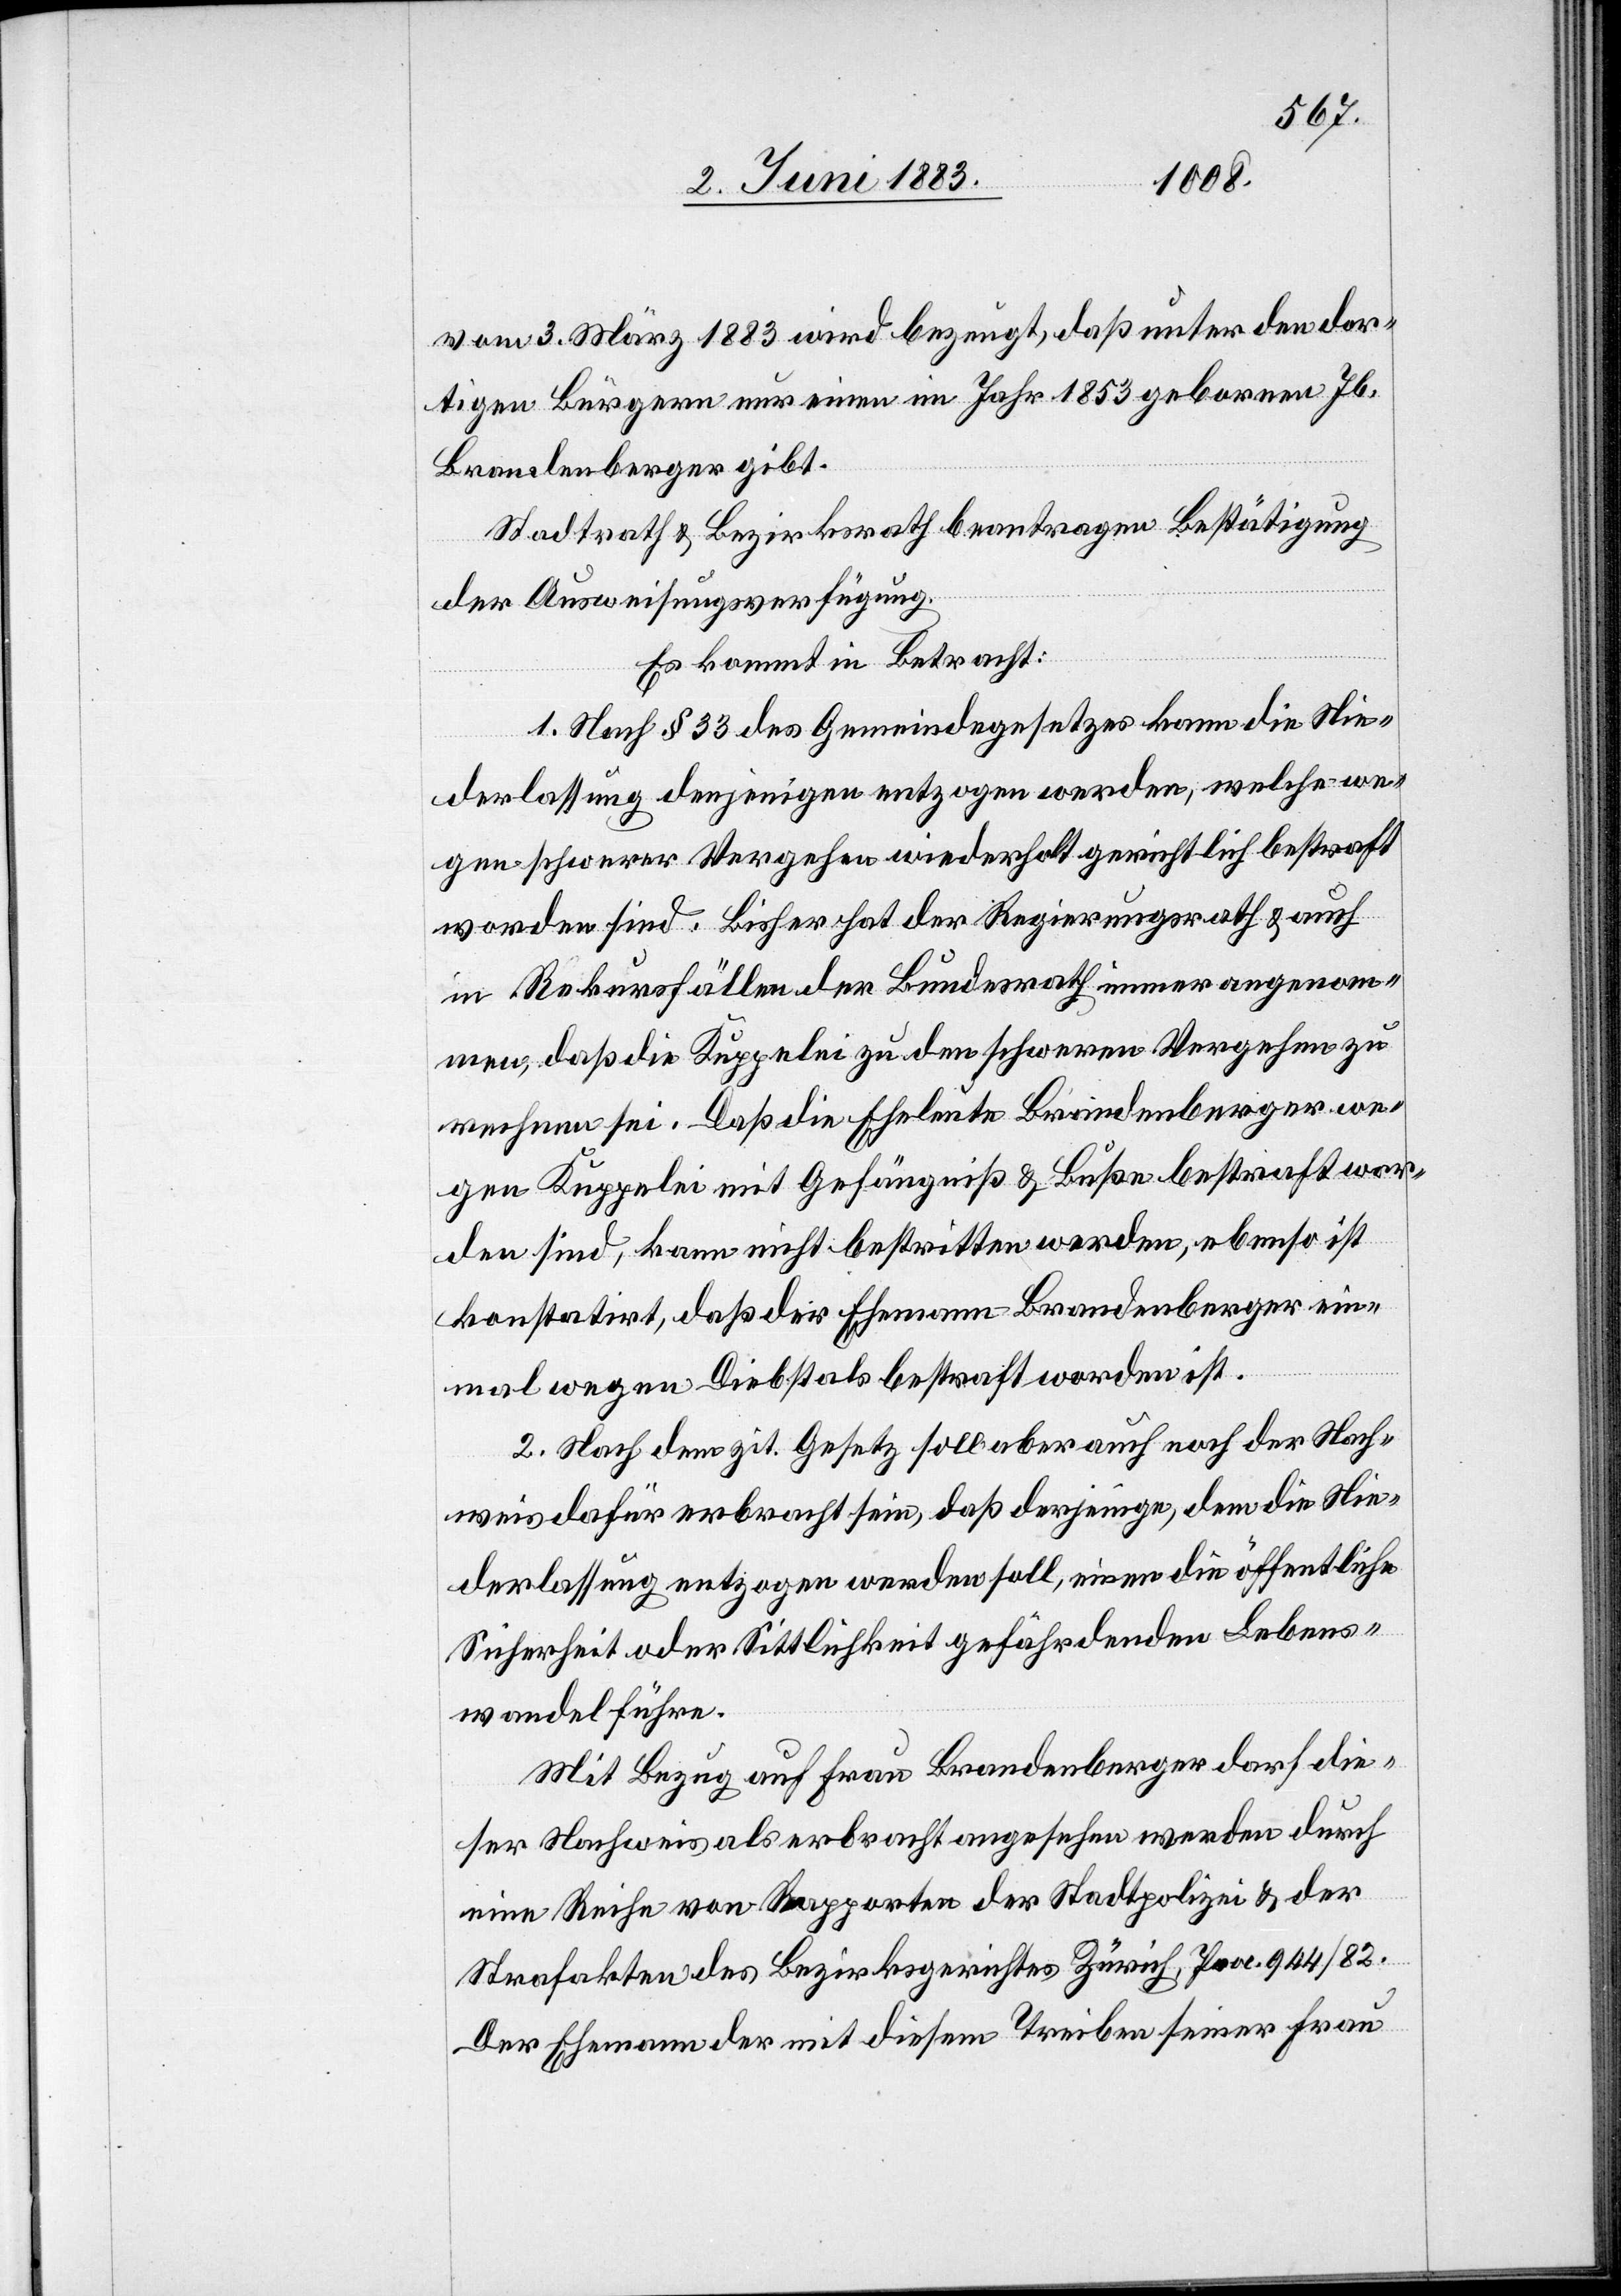
vom 3. März 1883 wird bezeugt, daß [es] unter den dor¬
tigen Bürgern nur einen im Jahr 1853 geborenen Jb.
Brandenberger gibt.
Stadtrath & Bezirksrath beantragen Bestätigung
der Ausweisungsverfügung.
Es kommt in Betracht:
1. Nach § 33 des Gemeindegseetzes kann die Nie¬
derlassung denjenigen entzogen werden, welche we¬
gen schwerer Vergehen wiederholt gerichtlich bestraft
worden sind. Bisher hat der Regierungsrath & auch
in Rekurssfällen den Bundesrath immer angenom¬
men, daß die Kuppelei zu den schweren Vergehen zu
rechnen sei. Daß die Eheleute Brandenberger we¬
gen Kuppelei mit Gefängniß & Buße bestraft wor¬
den sind, kann nicht bestritten werden, ebenso ist
konstatirt, daß der Ehemann Brandenberger ein¬
mal wegen Diebstals bestraft worden ist.
2. Nach dem zit. Gesetz soll aber auch noch der Nach¬
weis dafür erbracht sein, daß derjenige, dem die Nie¬
derlassung entzogen werden soll, einen die öffentliche
Sicherheit oder Sittlichkeit gefährdenden Lebens¬
wandel führe.
Mit Bezug auf Frau Brandenberger darf die¬
ser Nachweis als erbracht angesehen werden durch
eine Reihe von Rapporten der Stadtpolizei & der
Strafakten des Bezirksgerichtes Zürich, Proc. 944/82.
Der Ehemann der mit diesem Treiben seiner Frau